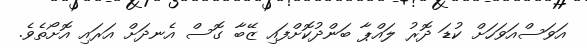
އަވަސްއަވަހަށް ކުޑަ ދޮރު ލައްޕާ ބަންދުކޮށްފައި ޒޭބާ ގޮސް އެނދަށް އަރައި އޮށޯތެވެ.